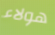
هولاء